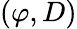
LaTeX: (\varphi,D)